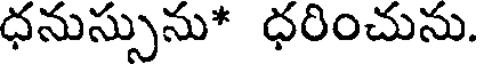
ధనుస్సును* ధరించును.